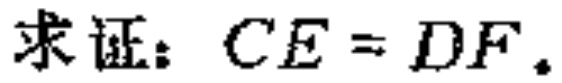
求证：$CE = DF.$